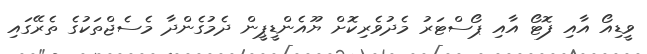
ވީޑިއޯ އާއި ފޮޓޯ އާއި ޕޯސްޓަރު މެދުވެރިކޮށް ޔޫއެންޑީޕީން ދެމުގެންދާ މެސެޖްތަކުގެ ތެރޭގައި